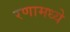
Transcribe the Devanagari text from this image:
रणामध्ये